Insane asylums in Bengal annual reports 1867-1875 - 1867-1875
Year: 1867
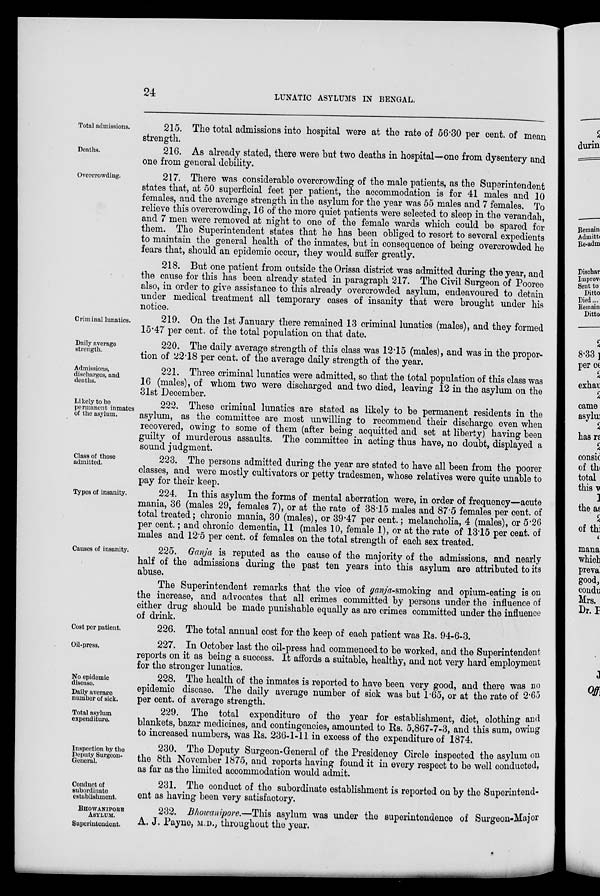
24
LUNATIC ASYLUMS IN BENGAL.
Total admissions.
215. The total admissions into hospital were at the rate of 56.30 per cent. of mean
strength.
Deaths.
216. As already stated, there were but two deaths in hospital—one from dysentery and
one from general debility.
Overcrowding.
217. There was considerable overcrowding of the male patients, as the Superintendent
states that, at 50 superficial feet per patient, the accommodation is for 41 males and 10
females, and the average strength in the asylum for the year was 55 males and 7 females. To
relieve this overcrowding, 16 of the more quiet patients were selected to sleep in the verandah,
and 7 men were removed at night to one of the female wards which could be spared for
them. The Superintendent states that he has been obliged to resort to several expedients
to maintain the general health of the inmates, but in consequence of being overcrowded he
fears that, should an epidemic occur, they would suffer greatly.
218. But one patient from outside the Orissa district was admitted during the year, and
the cause for this has been already stated in paragraph 217. The Civil Surgeon of Pooree
also, in order to give assistance to this already overcrowded asylum, endeavoured to detain
under medical treatment all temporary cases of insanity that were brought under his
notice.
Criminal lunatics.
219. On the 1st January there remained 13 criminal lunatics (males), and they formed
15.47 per cent. of the total population on that date.
Daily average
strength.
220. The daily average strength of this class was 12.15 (males), and was in the propor-
tion of 22.18 per cent. of the average daily strength of the year.
Admissions,
discharges, and
deaths.
221. Three criminal lunatics were admitted, so that the total population of this class was
16 (males), of whom two were discharged and two died, leaving 12 in the asylum on the
31st December.
Likely to be
permanent inmates
of the asylum.
222. These criminal lunatics are stated as likely to be permanent residents in the
asylum, as the committee are most unwilling to recommend their discharge even when
recovered, owing to some of them (after being acquitted and set at liberty) having been
guilty of murderous assaults. The committee in acting thus have, no doubt, displayed a
sound judgment.
Class of those
admitted.
223. The persons admitted during the year are stated to have all been from the poorer
classes, and were mostly cultivators or petty tradesmen, whose relatives were quite unable to
pay for their keep.
Types of insanity.
224. In this asylum the forms of mental aberration were, in order of frequency—acute
mania, 36 (males 29, females 7), or at the rate of 38.15 males and 87.5 females per cent. of
total treated; chronic mania, 30 (males), or 39.47 per cent.; melancholia, 4 (males), or 5.26
per cent.; and chronic dementia, 11 (males 10, female 1), or at the rate of 13.15 per cent. of
males and 12.5 per cent. of females on the total strength of each sex treated.
Causes of insanity.
225. Ganja is reputed as the cause of the majority of the admissions, and nearly
half of the admissions during the past ten years into this asylum are attributed to its
abuse.
The Superintendent remarks that the vice of ganja-smoking and opium-eating is on
the increase, and advocates that all crimes committed by persons under the influence of
either drug should be made punishable equally as are crimes committed under the influence
of drink.
Cost per patient.
226. The total annual cost for the keep of each patient was Rs. 94-6-3.
Oil-press.
227. In October last the oil-press had commenced to be worked, and the Superintendent
reports on it as being a success. It affords a suitable, healthy, and not very hard employment
for the stronger lunatics.
No epidemic
disease.
Daily average
number of sick.
228. The health of the inmates is reported to have been very good, and there was no
epidemic disease. The daily average number of sick was but 1.65, or at the rate of 2.65
per cent. of average strength.
Total asylum
expenditure.
229. The total expenditure of the year for establishment, diet, clothing and
blankets, bazar medicines, and contingencies, amounted to Rs. 5,867-7-3, and this sum, owing
to increased numbers, was Rs. 236-1-11 in excess of the expenditure of 1874.
Inspection by the
Deputy Surgeon-
General.
230. The Deputy Surgeon-General of the Presidency Circle inspected the asylum on
the 8th November 1875, and reports having found it in every respect to be well conducted,
as far as the limited accommodation would admit.
Conduct of
subordinate
establishment.
231. The conduct of the subordinate establishment is reported on by the Superintend-
ent as having been very satisfactory.
BHOWANIPORE
ASYLUM.
Superintendent.
232. Bhowanipore.—This asylum was under the superintendence of Surgeon-Major
A. J. Payne, M.D., throughout the year.